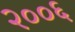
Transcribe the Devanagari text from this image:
२००६